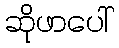
ဆိုဖာပေါ်